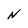
Character: N